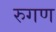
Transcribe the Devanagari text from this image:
रुगण